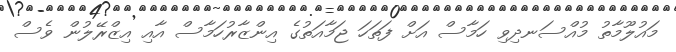
މައުލޫމާތު މުއްސަނދިވި ހަމާސް އަށް ފަތަހަ ޖަމާއަތުގެ އިންޒާރުހަމާސް އާއި އިޒްރޭލުން ވެސް